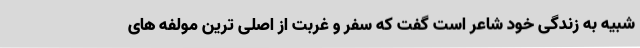
شبیه به زندگی خود شاعر است گفت که سفر و غربت از اصلی ترین مولفه های